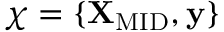
\chi = \{ \mathbf { X } _ { \mathrm { M I D } } , \mathbf { y } \}